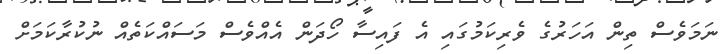
ނަމަވެސް ތިން އަހަރުގެ ވެރިކަމުގައި އެ ފައިސާ ހޯދަން އެއްވެސް މަސައްކަތެއް ނުކުރާކަމަށް